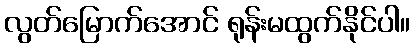
လွတ်မြောက်အောင် ရုန်းမထွက်နိုင်ပါ။